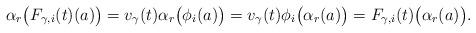
LaTeX: \begin{align*} \alpha_r \big( F_{\gamma,i}(t)(a) \big) = v_\gamma(t)\alpha_r \big( \phi_i(a) \big) = v_\gamma(t) \phi_i \big(\alpha_r(a) \big) = F_{\gamma,i}(t) \big( \alpha_r(a) \big) .\end{align*}